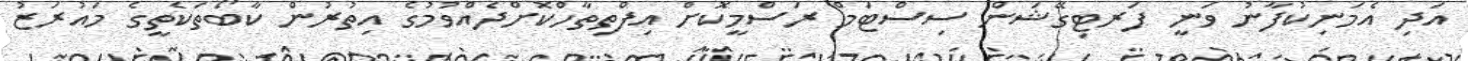
އަދި އެމަނިކުފާނު ވަނީ ފަރޓިގޭޝަން ސިސްޓަމް ރަސްމީކޮށް އިފްތިތާހްކޮށްދެއްވުމުގެ އިތުރުން ކާބޯތަކެތީގެ މައުރަޒު